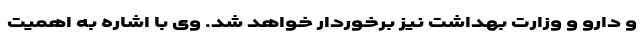
و دارو و وزارت بهداشت نیز برخوردار خواهد شد. وی با اشاره به اهمیت